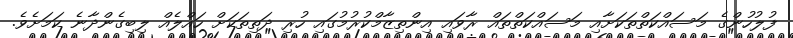
ފުލުހުންގެ މަސައްކަތްތަކަށާއި މަސައްކަތްތައް ރާވައި އިންތިޒާމްކުރުމުގައި ހުރި ދަތިތަކަށް ހައްލެއް ލިބިގެންދާނެ ކަމަށެވެ.